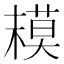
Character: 𱤒